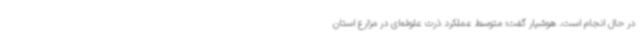
در حال انجام است. هوشیار گفت: متوسط عملکرد ذرت علوفه‌ای در مزارع استان